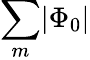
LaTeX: \sum_{m}\lvert\Phi_{0}\rvert